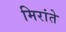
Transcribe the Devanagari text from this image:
मिरांते